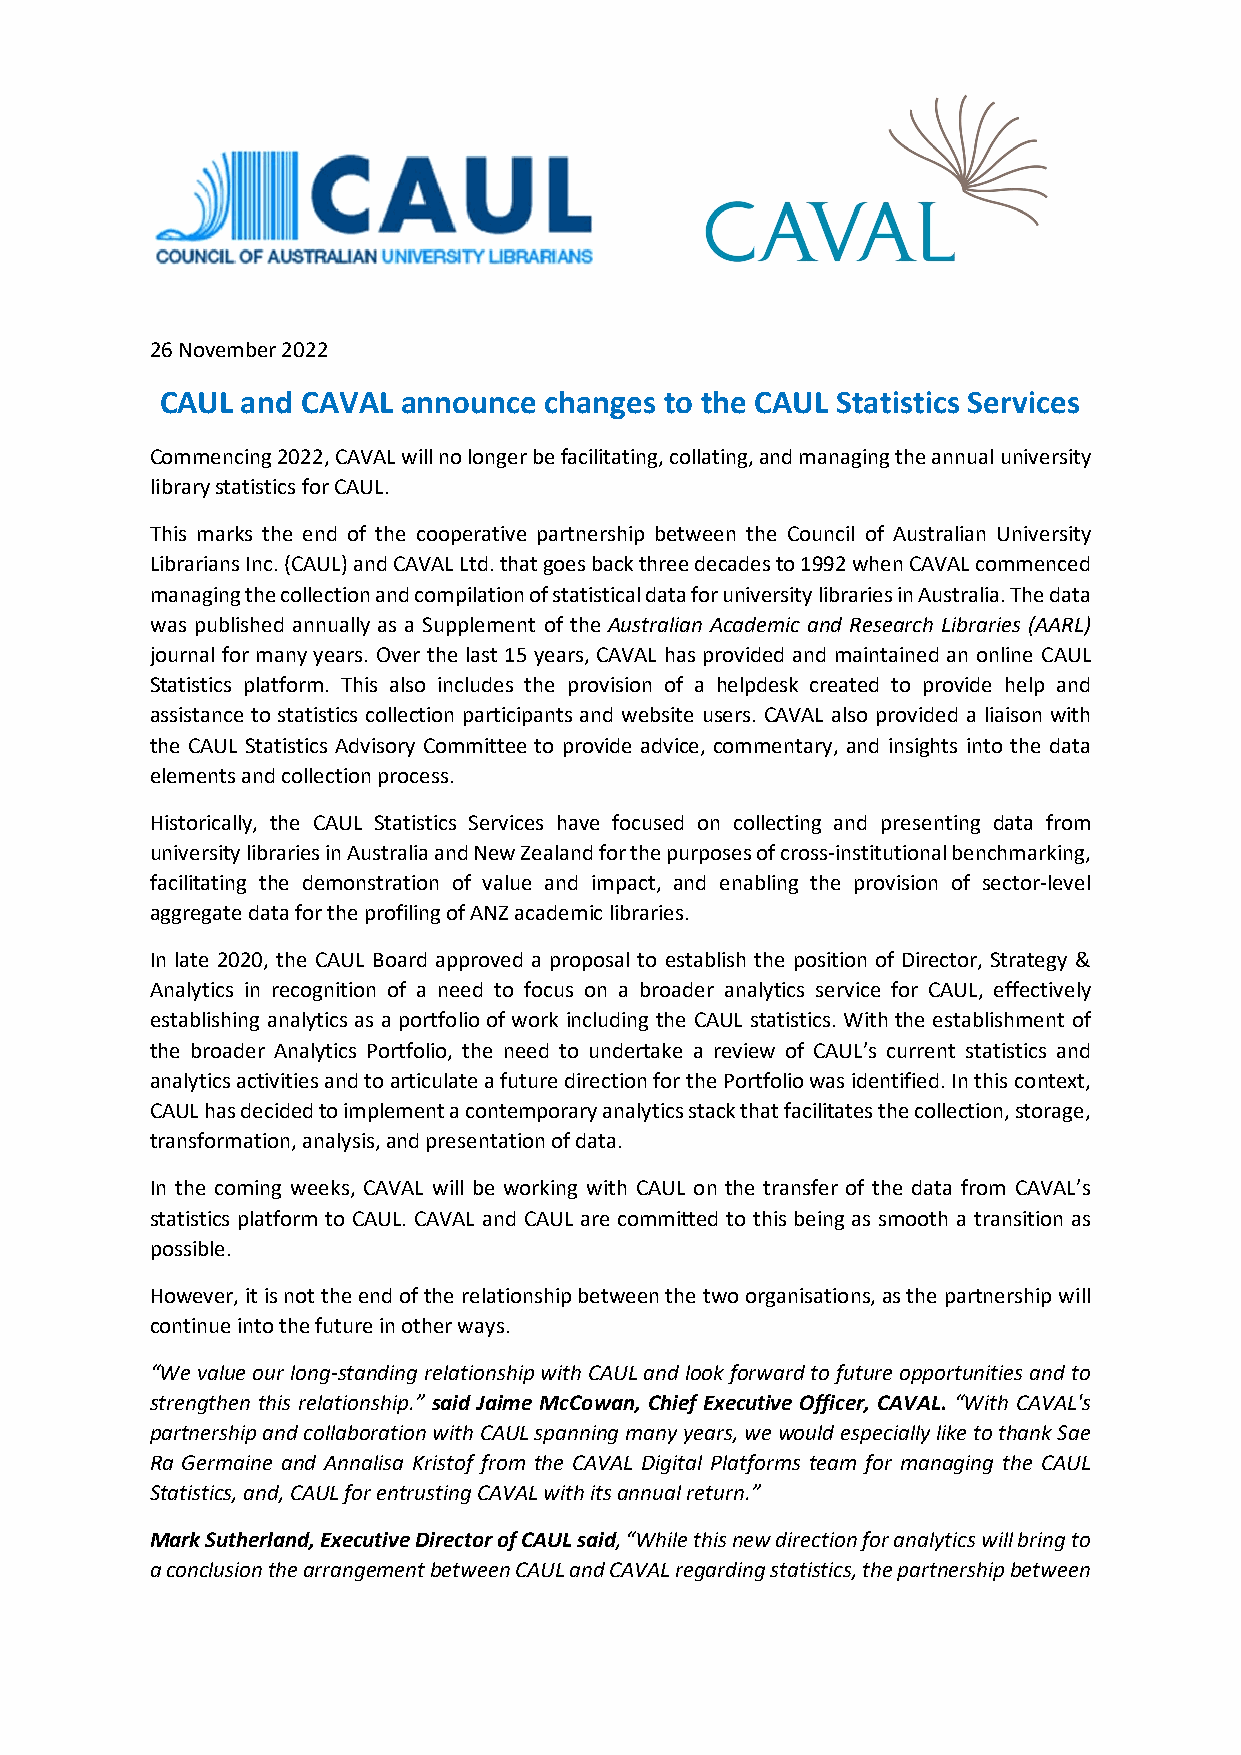
26 November 2022
 CAUL and CAVAL  announce changes to the CAUL Statistics Services
 Commencing 2022, CAVAL will no longer be facilitating, collating, and managing the annual university
 library statistics for CAUL.
 This marks the end of the cooperative partnership between the Council of Australian University
 Librarians Inc. (CAUL) and CAVAL Ltd. that goes back three decades to 1992 when CAVAL commenced
 managing the collection and compilation of statistical data for university libraries in Australia. The data
 was published annually as a Supplement of the Australian Academic and Research Libraries (AARL)
 journal for many years. Over the last 15 years, CAVAL has provided and maintained an online CAUL
 Statistics platform. This also includes the provision of a helpdesk created to provide help and
 assistance to statistics collection participants and website users. CAVAL also provided a liaison with
 the CAUL Statistics Advisory Committee to provide advice, commentary, and insights into the data
 elements and collection process.
 Historically, the CAUL Statistics Services have focused on collecting and presenting data from
 university libraries in Australia and New Zealand for the purposes of cross-institutional benchmarking,
 facilitating the demonstration of value and impact, and enabling the provision of sector-level
 aggregate data for the profiling of ANZ academic libraries.
 In late 2020, the CAUL Board approved a proposal to establish the position of Director, Strategy &
 Analytics in recognition of a need to focus on a broader analytics service for CAUL, effectively
 establishing analytics as a portfolio of work including the CAUL statistics. With the establishment of
 the broader Analytics Portfolio, the need to undertake a review of CAUL’s current statistics and
 analytics activities and to articulate a future direction for the Portfolio was identified. In this context,
 CAUL has decided to implement a contemporary analytics stack that facilitates the collection, storage,
 transformation, analysis, and presentation of data.
 In the coming weeks, CAVAL will be working with CAUL on the transfer of the data from CAVAL’s
 statistics platform to CAUL. CAVAL and CAUL are committed to this being as smooth a transition as
 possible.
 However, it is not the end of the relationship between the two organisations, as the partnership will
 continue into the future in other ways.
 “We value our long-standing relationship with CAUL and look forward to future opportunities and to
 strengthen this relationship.” said Jaime McCowan, Chief Executive Officer, CAVAL. “With CAVAL's
 partnership and collaboration with CAUL spanning many years, we would especially like to thank Sae
 Ra Germaine and Annalisa Kristof from the CAVAL Digital Platforms team for managing the CAUL
 Statistics, and, CAUL for entrusting CAVAL with its annual return.”
 Mark Sutherland, Executive Director of CAUL said, “While this new direction for analytics will bring to
 a conclusion the arrangement between CAUL and CAVAL regarding statistics, the partnership between